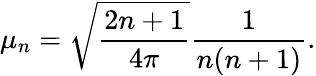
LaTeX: \mu_{n}=\sqrt{\frac{2n+1}{4\pi}}\frac{1}{n(n+1)}.